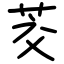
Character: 茭